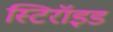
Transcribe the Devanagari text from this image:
स्टिरॉइड